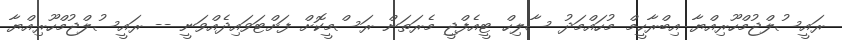
ރައީސުލްޖުމްހޫރިއްޔާ އިބްރާހީމް މުހައްމަދު ސާލިހް ޓީއެފްޖީ މެރަތަން ރަސްމީކޮށް ފަށްޓަވައިދެއްވަނީ -- ރައީސުލްޖުމްހޫރިއްޔާ